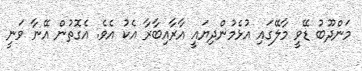
މަންދޫބު ޑޭވީ މާލޭގައި އުޅެމުންދިޔައީ އާރާއިބާރާ އެކު އެވެ. އެގޮތުން އޭނާ ވަނީ